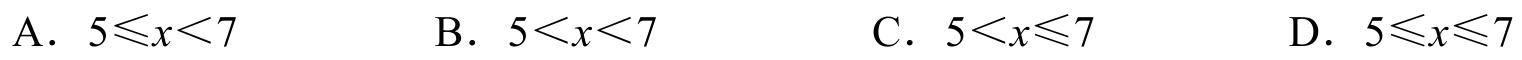
A．\(5\leqslant x<7\)  B．\(5<x<7\)  C．\(5<x\leqslant7\)  D．\(5\leqslant x\leqslant7\)